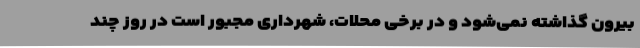
بیرون گذاشته نمی‌شود و در برخی محلات، شهرداری مجبور است در روز چند